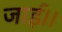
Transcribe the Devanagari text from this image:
जाई।।